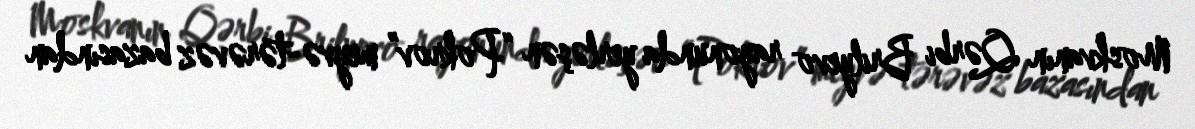
Moskvanın Qərbi Brilyevo rayonunda yerləşən “Pokrov” meyvə-tərəvəz bazasından